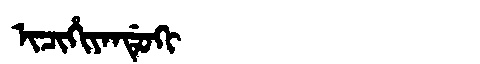
Manchu: ᡳᠴᡳᡥᡳᠶᠠᠨᡩᡠᡴᡳ
Romanization: ICIHIYANDUKI